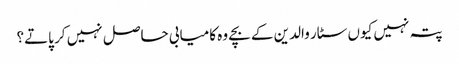
پتہ نہیں کیوں سٹار والدین کے بچے وہ کامیابی حاصل نہیں کر پاتے؟